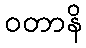
ဝတာနိ